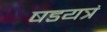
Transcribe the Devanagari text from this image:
षडयत्रं